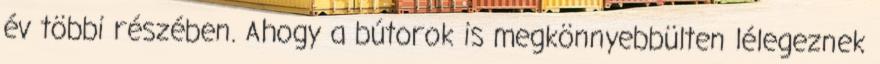
év többi részében. Ahogy a bútorok is megkönnyebbülten lélegeznek